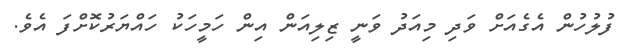
ފުލުހުން އެގެއަށް ވަދި މިއަދު ވަނީ ޒިލިއަން އިން ހަމީހަކު ހައްޔަރުކޮށްފަ އެވެ.